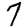
Digit: 7